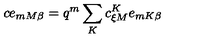
c e _ { m M \beta } = q ^ { m } \sum _ { K } c _ { \xi M } ^ { K } e _ { m K \beta }